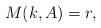
LaTeX: \begin{align*}M(k,A) = r,\end{align*}